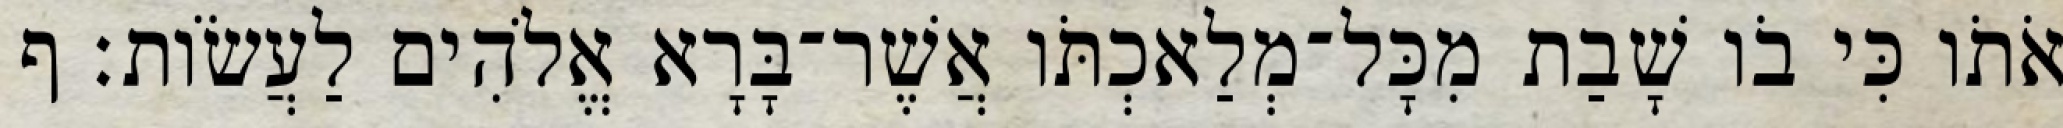
אֹתֹו כִּי בֹו שָׁבַת מִכָּל־מְלַאכְתֹּו אֲשֶׁר־בָּרָא אֱלֹהִים לַעֲשֹׂות׃ ף